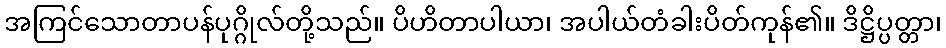
အကြင်သောတာပန်ပုဂ္ဂိုလ်တို့သည်။ ပိဟိတာပါယာ၊ အပါယ်တံခါးပိတ်ကုန်၏။ ဒိဋ္ဌိပ္ပတ္တာ၊